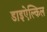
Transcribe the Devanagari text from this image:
डाइऐल्किल